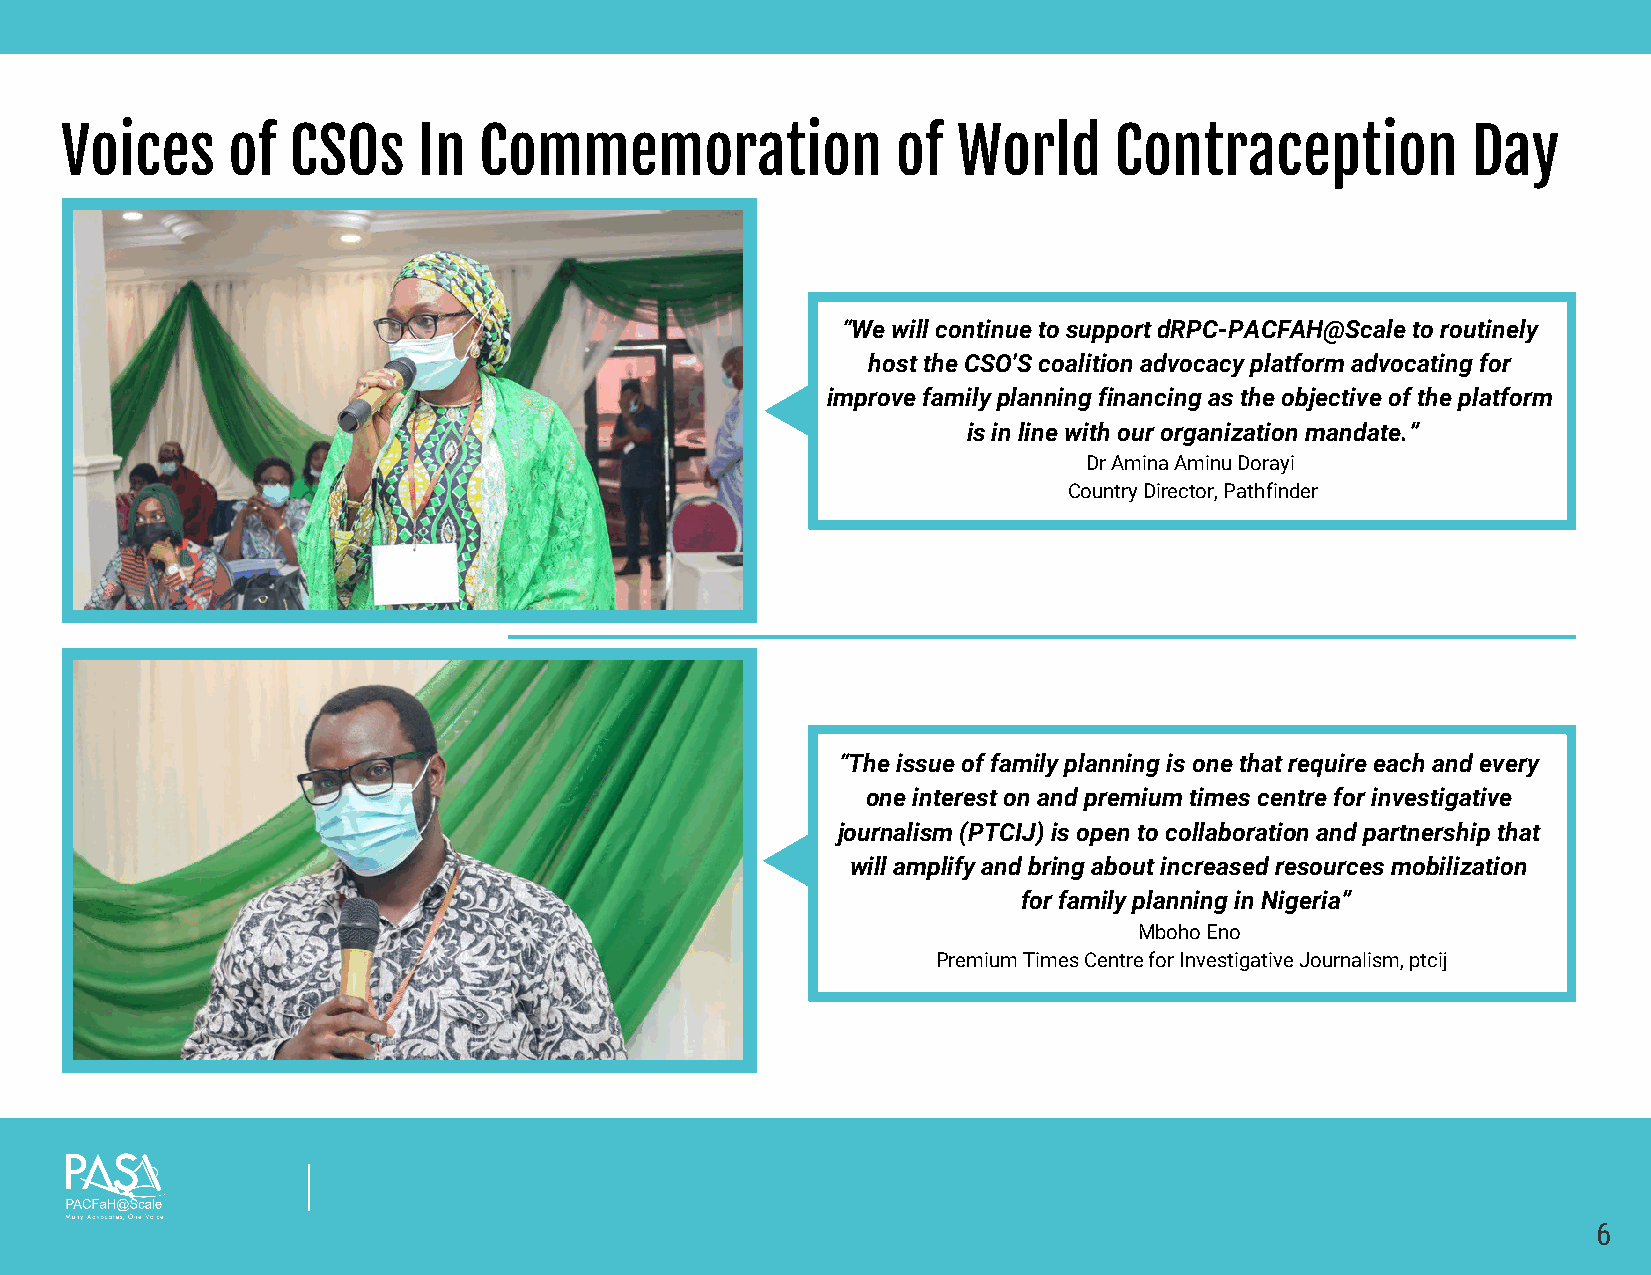
Voices     of  CSOs     In  Commemoration              of  World      Contraception          Day
 “We will continue to support dRPC-PACFAH@Scale to routinely
 host the CSO’S coalition advocacy platform advocating for
 improve family planning financing as the objective of the platform
 is in line with our organization mandate.”
 Dr Amina Aminu Dorayi
 Country Director, Pathfinder
 “The issue of family planning is one that require each and every
 one interest on and premium times centre for investigative
 journalism (PTCIJ) is open to collaboration and partnership that
 will amplify and bring about increased resources mobilization
 for family planning in Nigeria”
 Mboho Eno
 Premium Times Centre for Investigative Journalism, ptcij
 6